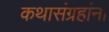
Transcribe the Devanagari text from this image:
कथासंग्रहांना